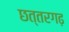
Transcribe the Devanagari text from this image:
छत्तरगढ़